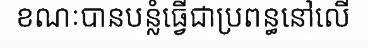
ខណៈបានបន្លំធ្វើជាប្រពន្ធនៅលើ